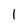
Character: 1